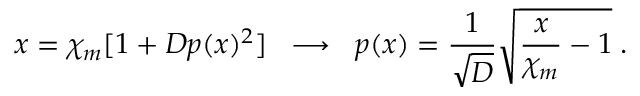
x = \chi _ { m } [ 1 + D p ( x ) ^ { 2 } ] \; \; \longrightarrow \; \; p ( x ) = \frac { 1 } { \sqrt { D } } \sqrt { \frac { x } { \chi _ { m } } - 1 } \; .